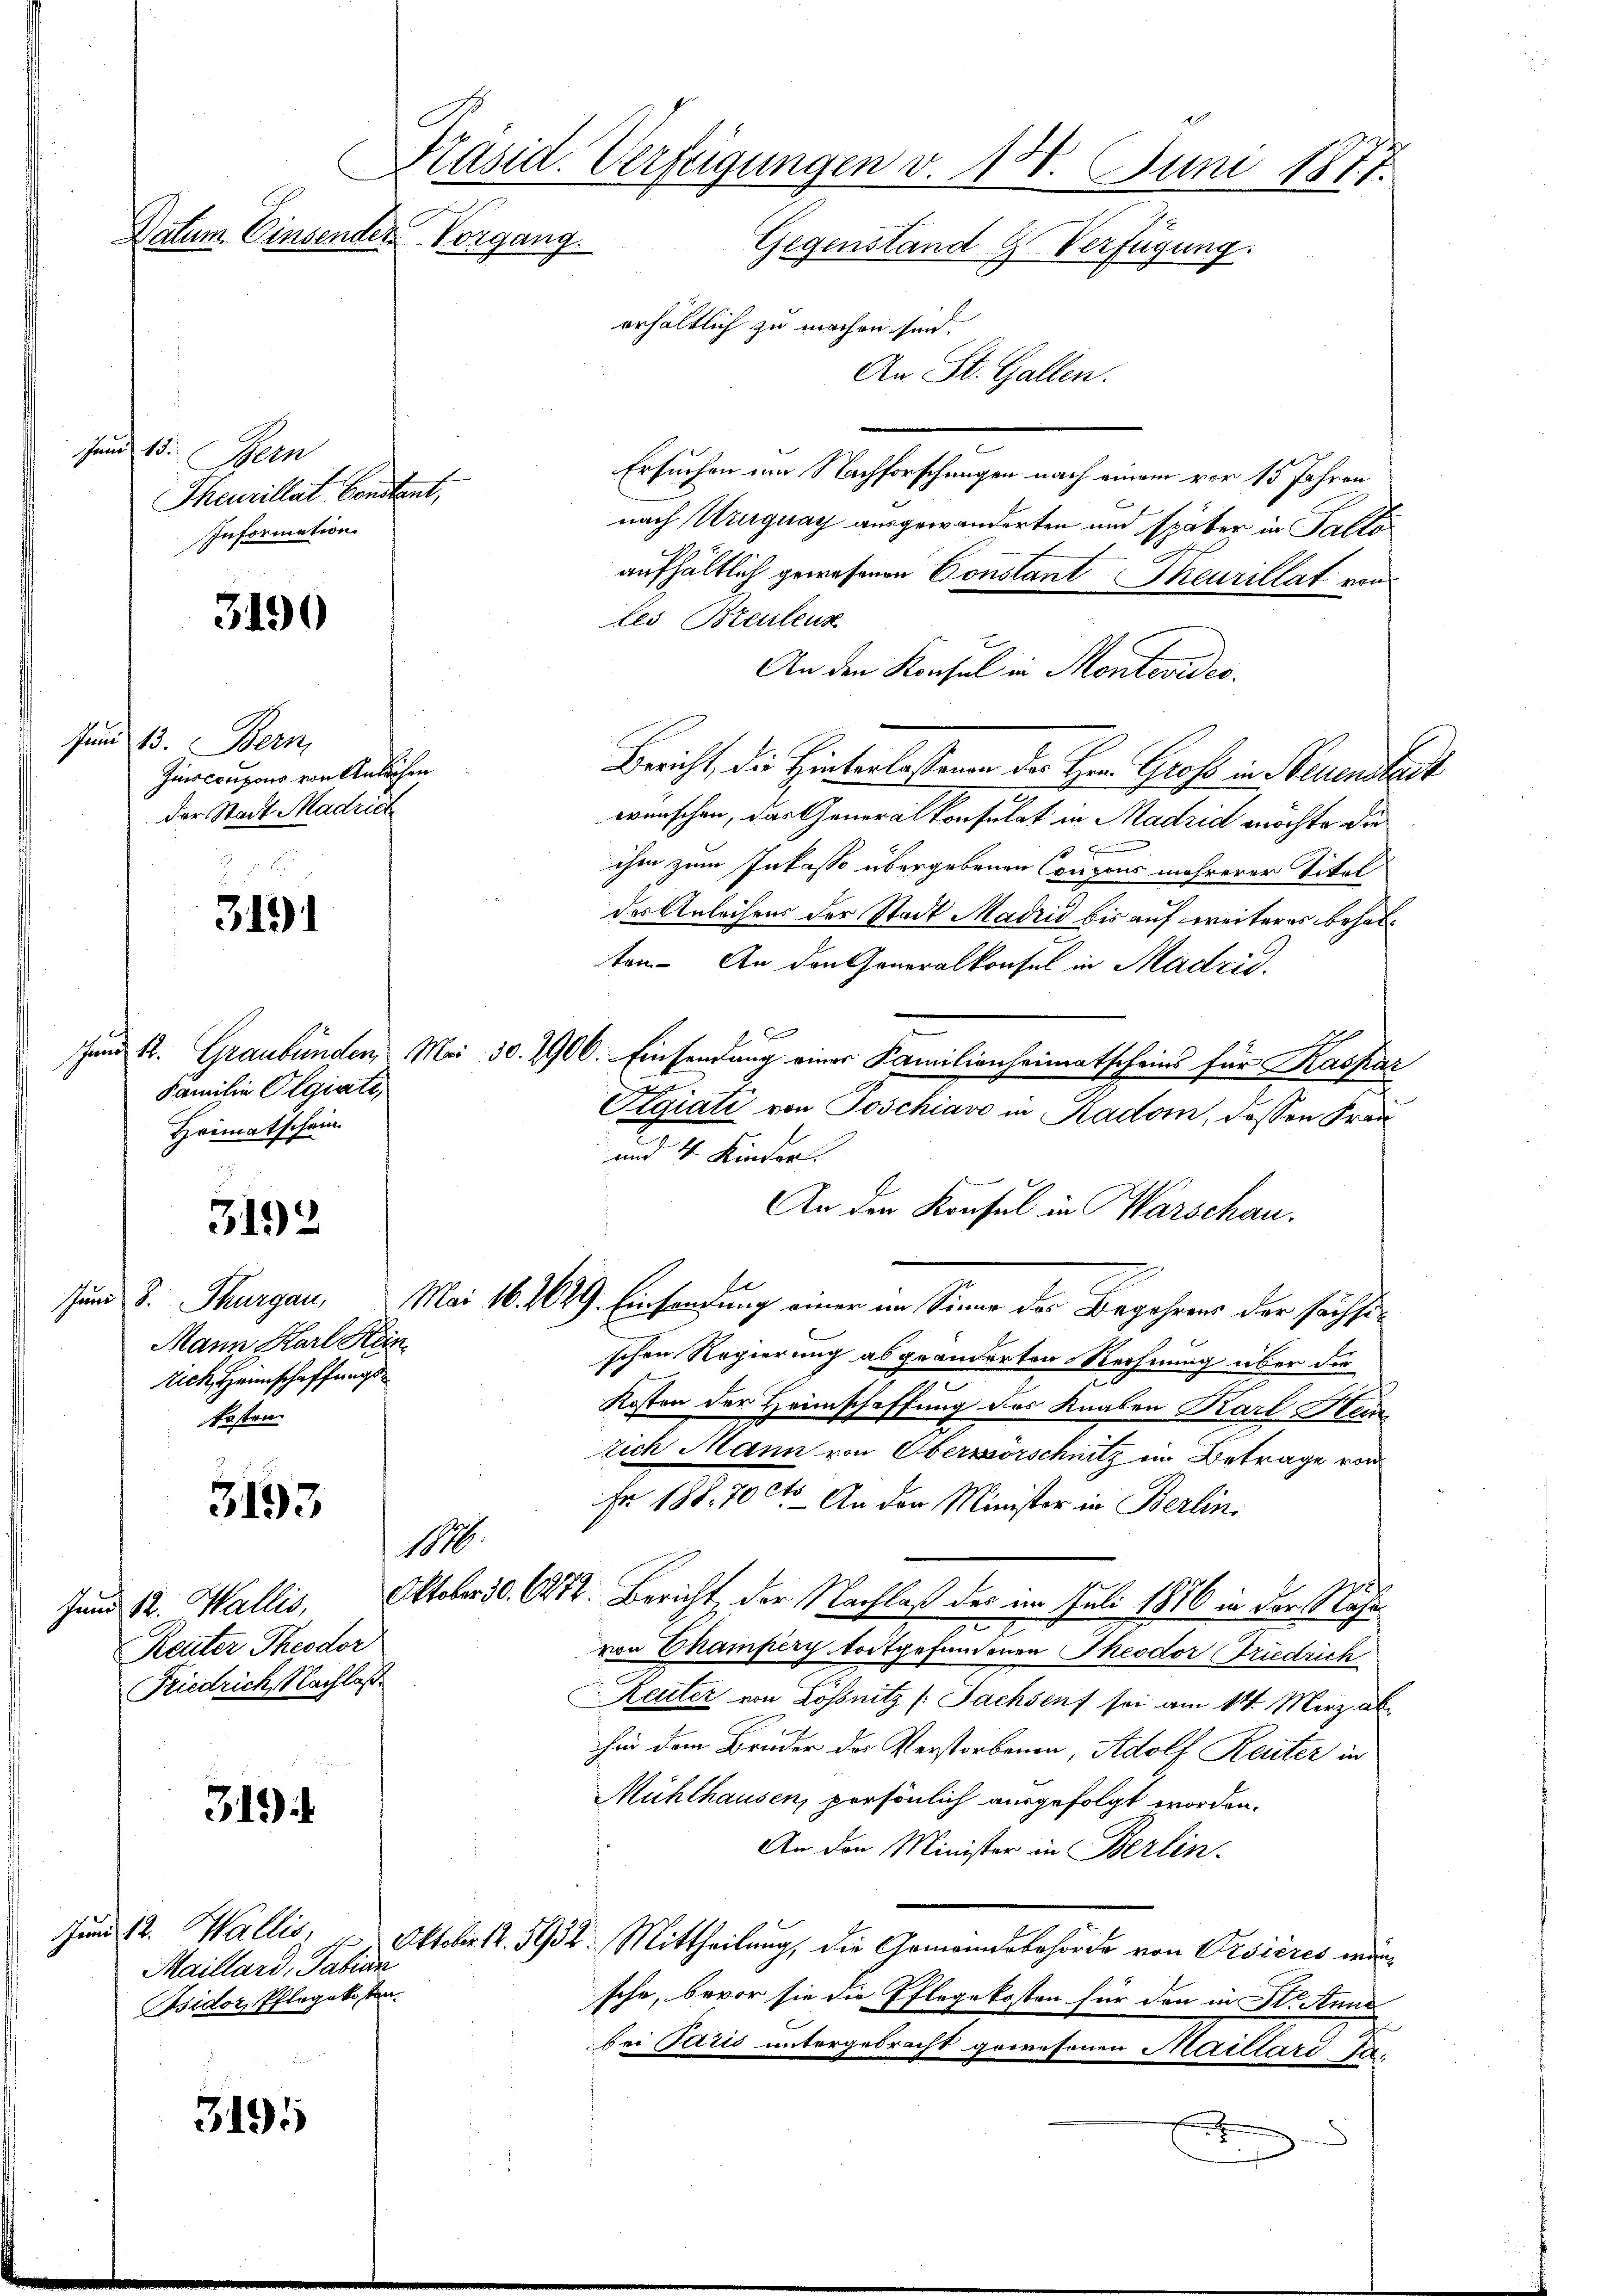
Juni 18
Theurillat Constant,
Information

3190

sund 15. Bern
Junccupons von Anlächen
Der Stadt Madrich

3191

Familie Olgiate,
Heimatschein
d

3192

Mann Karl Hein
tich, Heimschaffungskosten

3193

Reuter Theodor
Friedrich, Nachlaß

311)

Jund 12. Wallis,
Maillard, Fabian
Asidor, Pflegekosten.

3195

Präsid. Verfügungen v. 188. Juni 1877.
Datum. Einsender Vorgang.
Gegenstand u. Verfügung.
erhältlich zu machen sind.
An St. Gallen.
Hern

Ersuchen um Nachforschungen nach einem vor 15 Jahren
nach Uruguay ausgewanderten und später in Talto
aufhältlich gewesenen Constant Theurillat von
tes Bleulenz
An den Konsul in Montevides.
Bericht, die Hinterlassenen des Hrn. Groß in Neuenstadt
wünschen, das Generalkonsulat in Madrid möchte die
ihm zum Inkasso übergebenen Coupons mehrerer Titel
der Anleihens der Stadt Madrid bis auf weiteres behalten. An den Generalkonsul in Madrid.
f
Jund 4. Graubünden, Mai 30. 1906. Einsendung eines Familienheimatscheins für Kaspar
i
u
Aegiati von Poschiavo in Kadom, dessen Frau
und 4 Kinder.
An den Konsul in Warschau.
sen u. Thurgau, Mai 16. 1629. Einsendung einer im Sinne der Begehrens der sechseschen Regierung abgeänderten Rechnung über die
Kosten der Heimschaffung des Knaben Karl Heinzrich Mann von Oberörschnitz in Betrage von
Fr 188. 70 ct. An der Minister in Berlin.
M.
Jund 12. Wallis, Oktober d. 672. Bericht, der Nachlaß der im Juli 1876 in der Nähe
3
von Champery toitgefundenen Theodor Friedrich
Reiter von Lösnitz (Sachsenf sei am 14. März abhin dem Bruder des Verstorbenen, Adolf Reiter in
Mühlhausen, persönlich ausgefolgt worden.
An den Minister in Berlin-
Oktober 12. 1932. Mittheilung, die Gemeindebehörde von Visieres mänsche, bevor sie die Pflegekosten für den in St. Anna
bei Paris untergebracht gewesenen Maillard-Pa¬